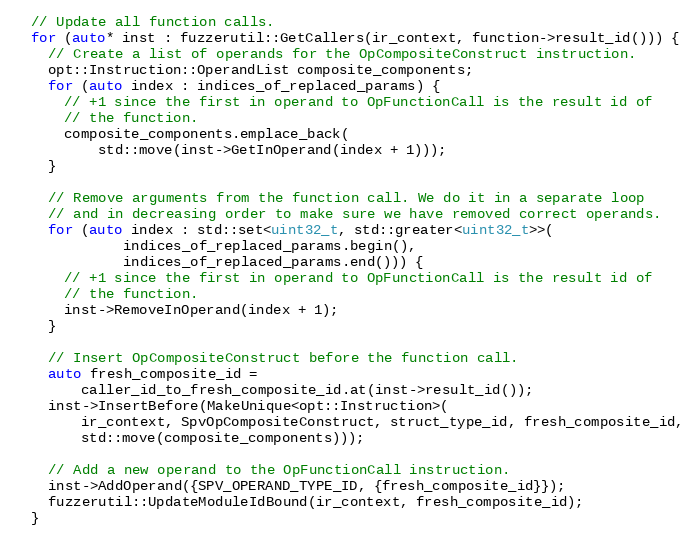
Language: C++
  // Update all function calls.
  for (auto* inst : fuzzerutil::GetCallers(ir_context, function->result_id())) {
    // Create a list of operands for the OpCompositeConstruct instruction.
    opt::Instruction::OperandList composite_components;
    for (auto index : indices_of_replaced_params) {
      // +1 since the first in operand to OpFunctionCall is the result id of
      // the function.
      composite_components.emplace_back(
          std::move(inst->GetInOperand(index + 1)));
    }

    // Remove arguments from the function call. We do it in a separate loop
    // and in decreasing order to make sure we have removed correct operands.
    for (auto index : std::set<uint32_t, std::greater<uint32_t>>(
             indices_of_replaced_params.begin(),
             indices_of_replaced_params.end())) {
      // +1 since the first in operand to OpFunctionCall is the result id of
      // the function.
      inst->RemoveInOperand(index + 1);
    }

    // Insert OpCompositeConstruct before the function call.
    auto fresh_composite_id =
        caller_id_to_fresh_composite_id.at(inst->result_id());
    inst->InsertBefore(MakeUnique<opt::Instruction>(
        ir_context, SpvOpCompositeConstruct, struct_type_id, fresh_composite_id,
        std::move(composite_components)));

    // Add a new operand to the OpFunctionCall instruction.
    inst->AddOperand({SPV_OPERAND_TYPE_ID, {fresh_composite_id}});
    fuzzerutil::UpdateModuleIdBound(ir_context, fresh_composite_id);
  }